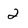
Character: 2